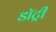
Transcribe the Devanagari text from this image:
डॉट्री